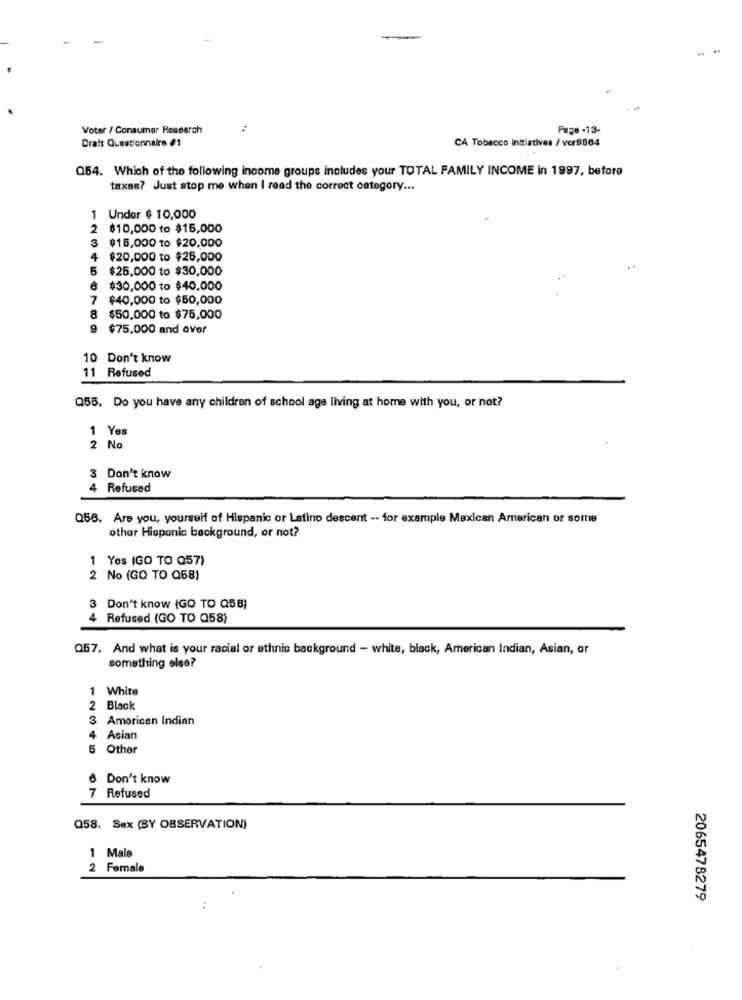
Voter / Consumer Research
Page -13-
Draft Questionnaire #1
CA Tobacco initiatives / ver9864
Q54. Which of the following income groups includes your TOTAL FAMILY INCOME in 1997, before
taxes? Just stop me when I read the correct category ...
Undor $ 10,000
2 $10,000 to $15,000
3
$15,000 to $20,000
4
$20,000 to $25,000
5 $25,000 to $30,000
$30,000 to $40,000
7
$40,000 to $50,000
8
$50,000 to $75,000
9
$75,000 and over
10 Don't know
11 Refused
Q55. Do you have any children of school age living at home with you, or not?
1 Yes
2 No
3 Don't know
4 Refused
Q56. Are you, yourself of Hispanic or Latino descent -- for example Mexican American or some
other Hispanic background, or not?
1 Yes (GO TO 057)
2 No (GO TO Q58)
3 Don't know (GO TO Q5B)
4 Refused (GO TO Q58)
Q57. And what is your racial or ethnic background - white, black, American Indian, Asian, or
something else?
1 White
2 Black
3 American Indian
4
Asian
5
Othor
6 Don't know
7 Refused
Q58. Sex (BY OBSERVATION)
1 Male
2 Female
2065478279
..